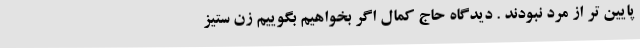
پایین تر از مرد نبودند . دیدگاه حاج کمال اگر بخواهیم بگوییم زن ستیز